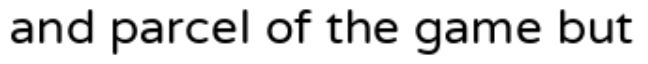
and parcel of the game but